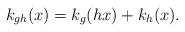
LaTeX: \begin{align*} k_{gh}(x)=k_g(hx)+k_h(x).\end{align*}